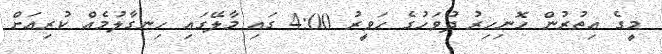
މީގެ އިތުރުން ހޮނިހިރު ދުވަހުގެ ހަވީރު 4:00 ގައި މާލޭގައި ހިނގާލުމެއް ކުރިއަށް